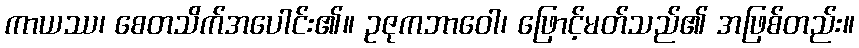
ကာယဿ၊ စေတသိက်အပေါင်း၏။ ဥဇုကဘာဝေါ၊ ဖြောင့်မတ်သည်၏ အဖြစ်တည်း။